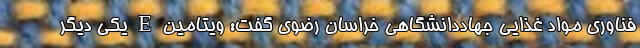
فناوری مواد غذایی جهاددانشگاهی خراسان رضوی گفت: ویتامین E یکی دیگر